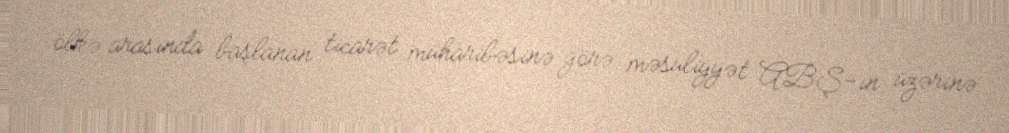
ölkə arasında başlanan ticarət müharibəsinə görə məsuliyyət ABŞ-ın üzərinə